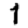
Digit: 1